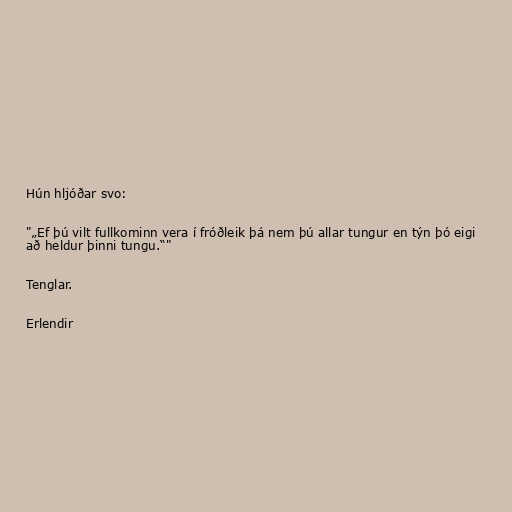
Hún hljóðar svo:

"„Ef þú vilt fullkominn vera í fróðleik þá nem þú allar tungur en týn þó eigi
að heldur þinni tungu.“"

Tenglar.

Erlendir